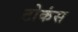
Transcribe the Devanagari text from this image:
टोकंस